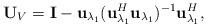
LaTeX: \begin{align*}\mathbf{U}_V=\mathbf{I}-\mathbf{u}_{\lambda_1}(\mathbf{u}_{\lambda_1}^{H}\mathbf{u}_{\lambda_1})^{-1}\mathbf{u}_{\lambda_1}^{H},\end{align*}